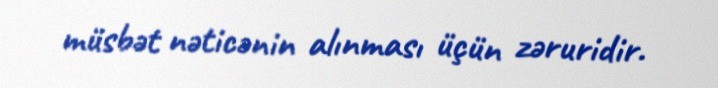
müsbət nəticənin alınması üçün zəruridir.